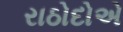
રાઠોદોએ